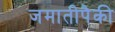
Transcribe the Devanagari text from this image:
जमातीपैकी